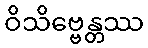
ဝိသိဗ္ဗေန္တဿ